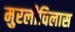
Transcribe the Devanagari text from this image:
मुरलीविलास